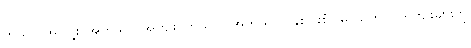
ကုသိုလ်အကျိုး၊ အကုသိုလ်အကျိုး၊ ကုသိုလ် အကုသိုလ် နှစ်ပါးစုံ (မိဿက) ပြုရကျိုးများကို